Senior Leaving Certificate Examination (including Day School Certificate (Higher) General paper), 1948
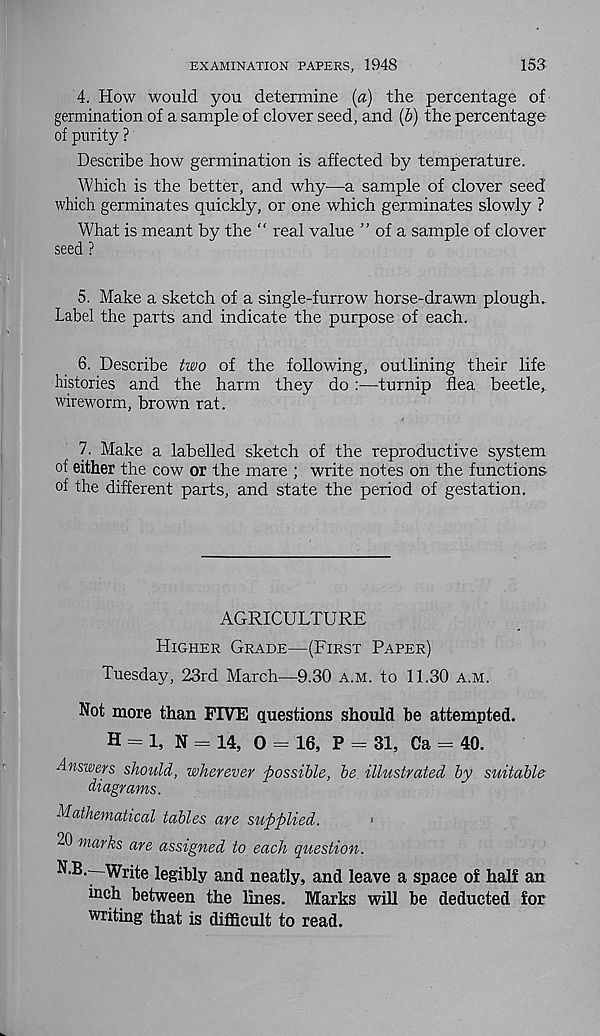
153
EXAMINATION PAPERS, 1948
4. How would you determine (a) the percentage of
germination of a sample of clover seed, and (b) the percentage
of purity ?
Describe how germination is affected by temperature.
Which is the better, and why—a sample of clover seed
which germinates quickly, or one which germinates slowly ?
What is meant by the “ real value ” of a sample of clover
seed ?
5. Make a sketch of a single-furrow horse-drawn plough.
Label the parts and indicate the purpose of each.
6. Describe two of the following, outlining their life
histories and the harm they do:—turnip flea beetle,
wireworm, brown rat.
7. Make a labelled sketch of the reproductive system
of either the cow or the mare ; write notes on the functions
of the different parts, and state the period of gestation.
AGRICULTURE
Higher Grade—(First Paper)
Tuesday, 23rd March—9.30 a.m. to 11.30 a.m.
Not more than FIVE questions should he attempted.
H = 1, N = 14, 0 = 16, P = 31, Ca = 40.
Answers shotild, wherever possible, be illustrated by suitable
diagrams.
Mathematical tables are supplied.
20 marks are assigned to each question.
N.B.--Write legibly and neatly, and leave a space of half an
inch between the lines. Marks will be deducted for
writing that is difficult to read.